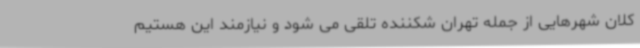
کلان شهرهایی از جمله تهران شکننده تلقی می شود و نیازمند این هستیم